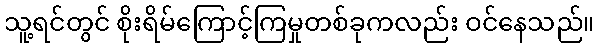
သူ့ရင်တွင် စိုးရိမ်ကြောင့်ကြမှုတစ်ခုကလည်း ဝင်နေသည်။